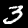
Label: 3